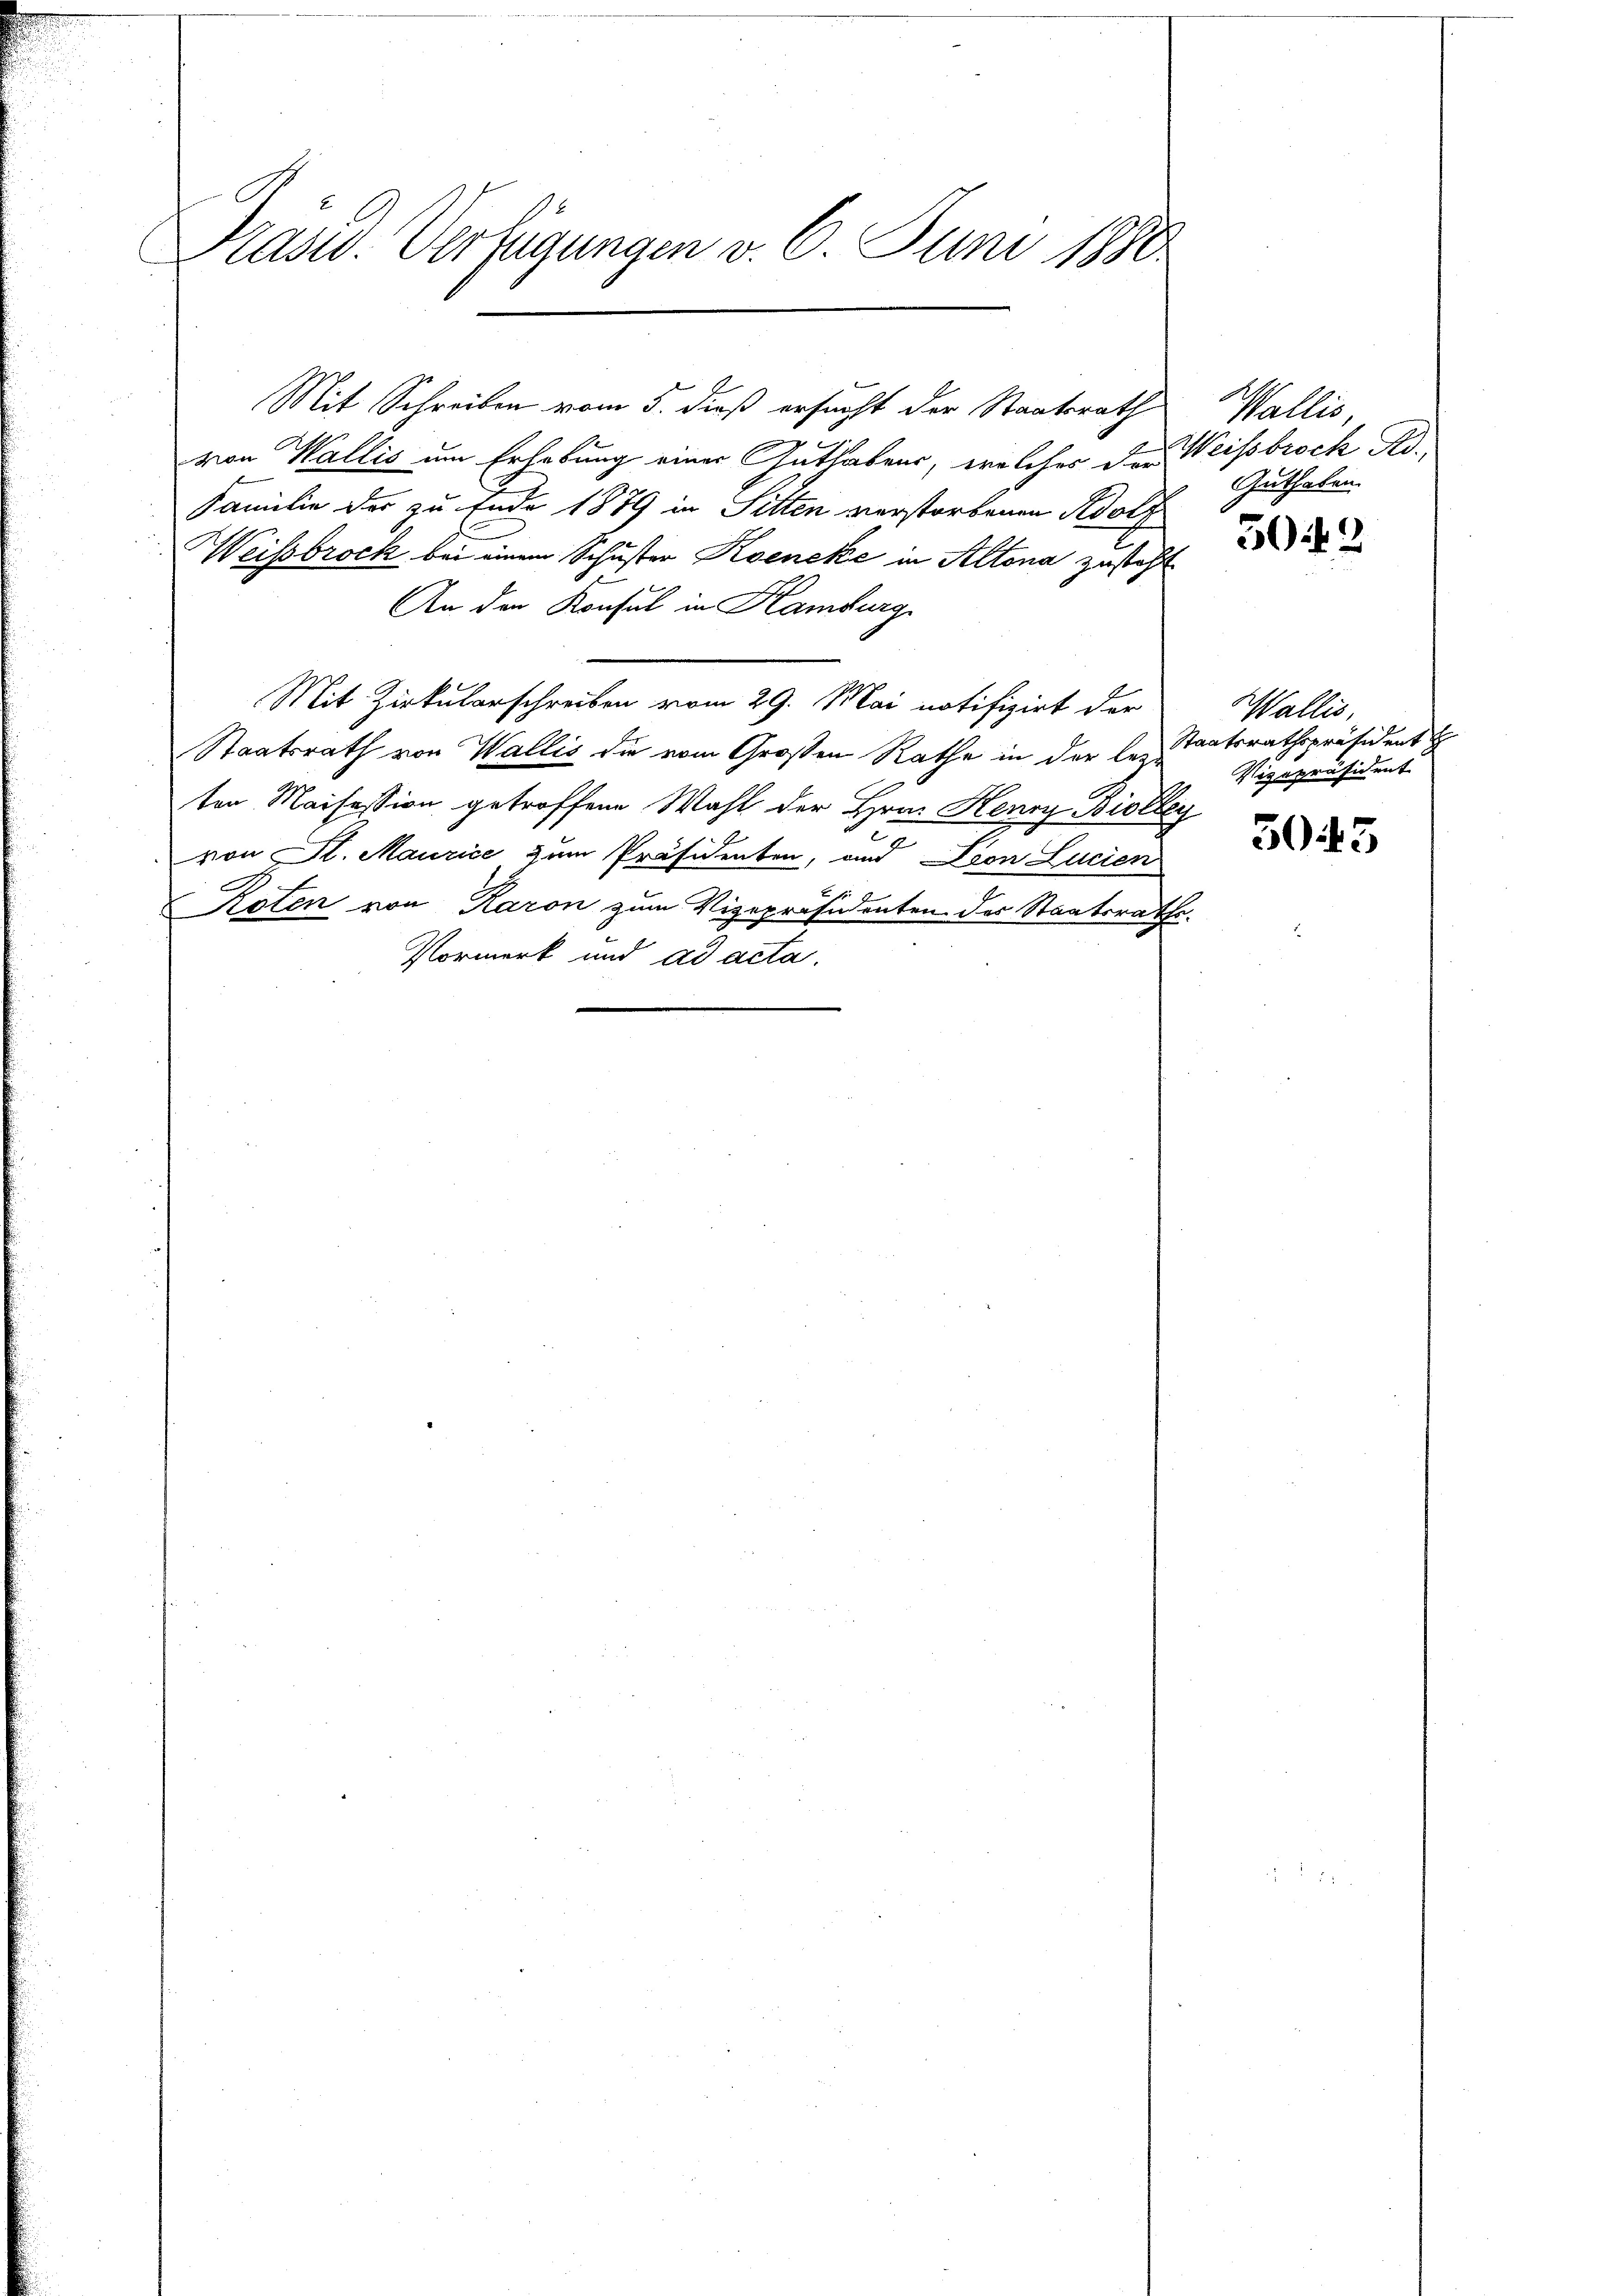
Präsid. Verfügungen v. 6. Juni 1880

von Wallis um Erhebung einer Guthabens, welches der Weisbrock Ad¬
Familie der zu Ende 1879 in Sitten verstorbenen Adolf
Weisbrock bei einem Schuster Koencke in Altona zusteht
An den Konsul in Hamburg
Mit Zirkularschreiben vom 29. Mai notifizirt der
Staatsrath von Wallis die vom Großen Rathe in der lezten Maisession getroffene Wahl der Hrn. Henry Biolley
8.
von St. Maurice zum Präsidenten, und Dion Lucien
A
Pioten von Raron zum Vizepräsidenten des Staatsrathe.
Vormerk und ad acta.

Mit Schreiben vom 5. dieß ersucht der Staatsrath

Wallis
Guthaben.

302

Wallis,
Staatsrathspräsident
Vizepräsident

3045